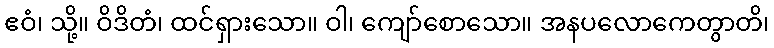
ဧဝံ၊ သို့။ ဝိဒိတံ၊ ထင်ရှားသော။ ဝါ၊ ကျော်စောသော။ အနပလောကေတွာတိ၊